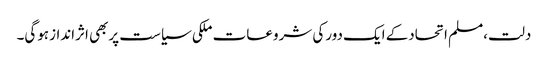
دلت،مسلم اتحادکے ایک دورکی شروعات ملکی سیاست پربھی اثراندازہوگی۔